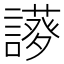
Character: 𧬝